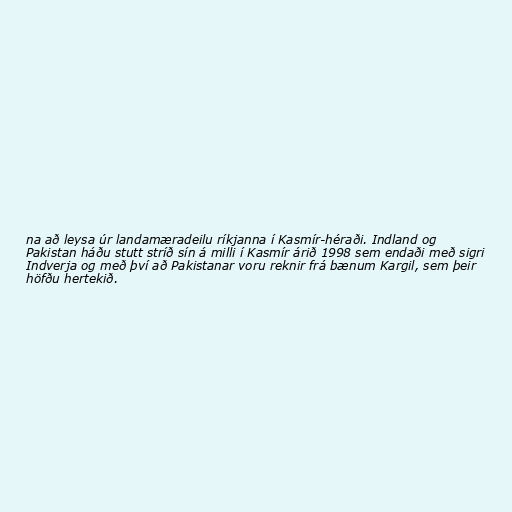
na að leysa úr landamæradeilu ríkjanna í Kasmír-héraði. Indland og
Pakistan háðu stutt stríð sín á milli í Kasmír árið 1998 sem endaði með sigri
Indverja og með því að Pakistanar voru reknir frá bænum Kargil, sem þeir
höfðu hertekið.